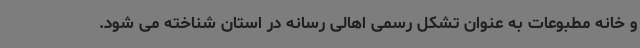
و خانه مطبوعات به عنوان تشکل رسمی اهالی رسانه در استان شناخته می شود.